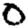
Digit: 0